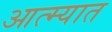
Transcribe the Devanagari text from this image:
आत्म्यात